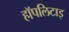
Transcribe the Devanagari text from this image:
हॉपलिटाइ